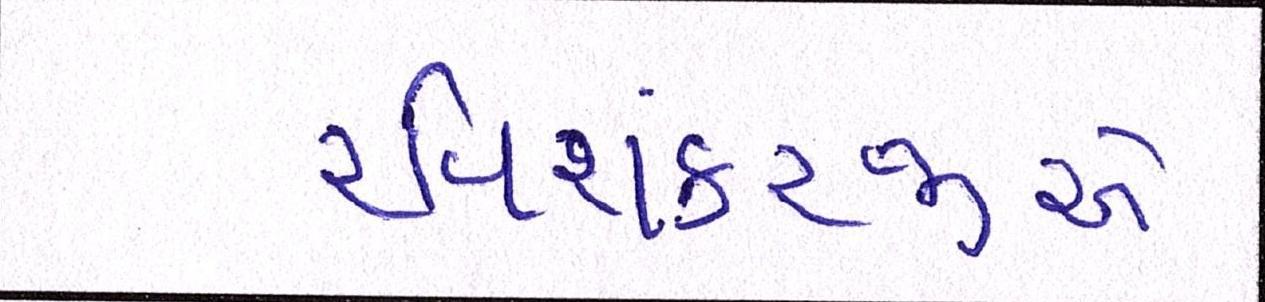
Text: રવિશંકરજીએ